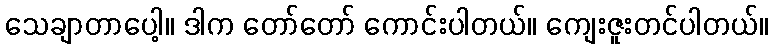
သေချာတာပေါ့။ ဒါက တော်တော် ကောင်းပါတယ်။ ကျေးဇူးတင်ပါတယ်။